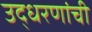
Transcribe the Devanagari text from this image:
उद्धरणांची